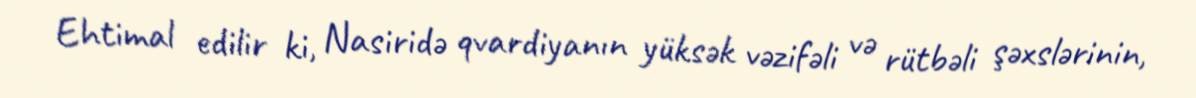
Ehtimal edilir ki, Nasiridə qvardiyanın yüksək vəzifəli və rütbəli şəxslərinin,